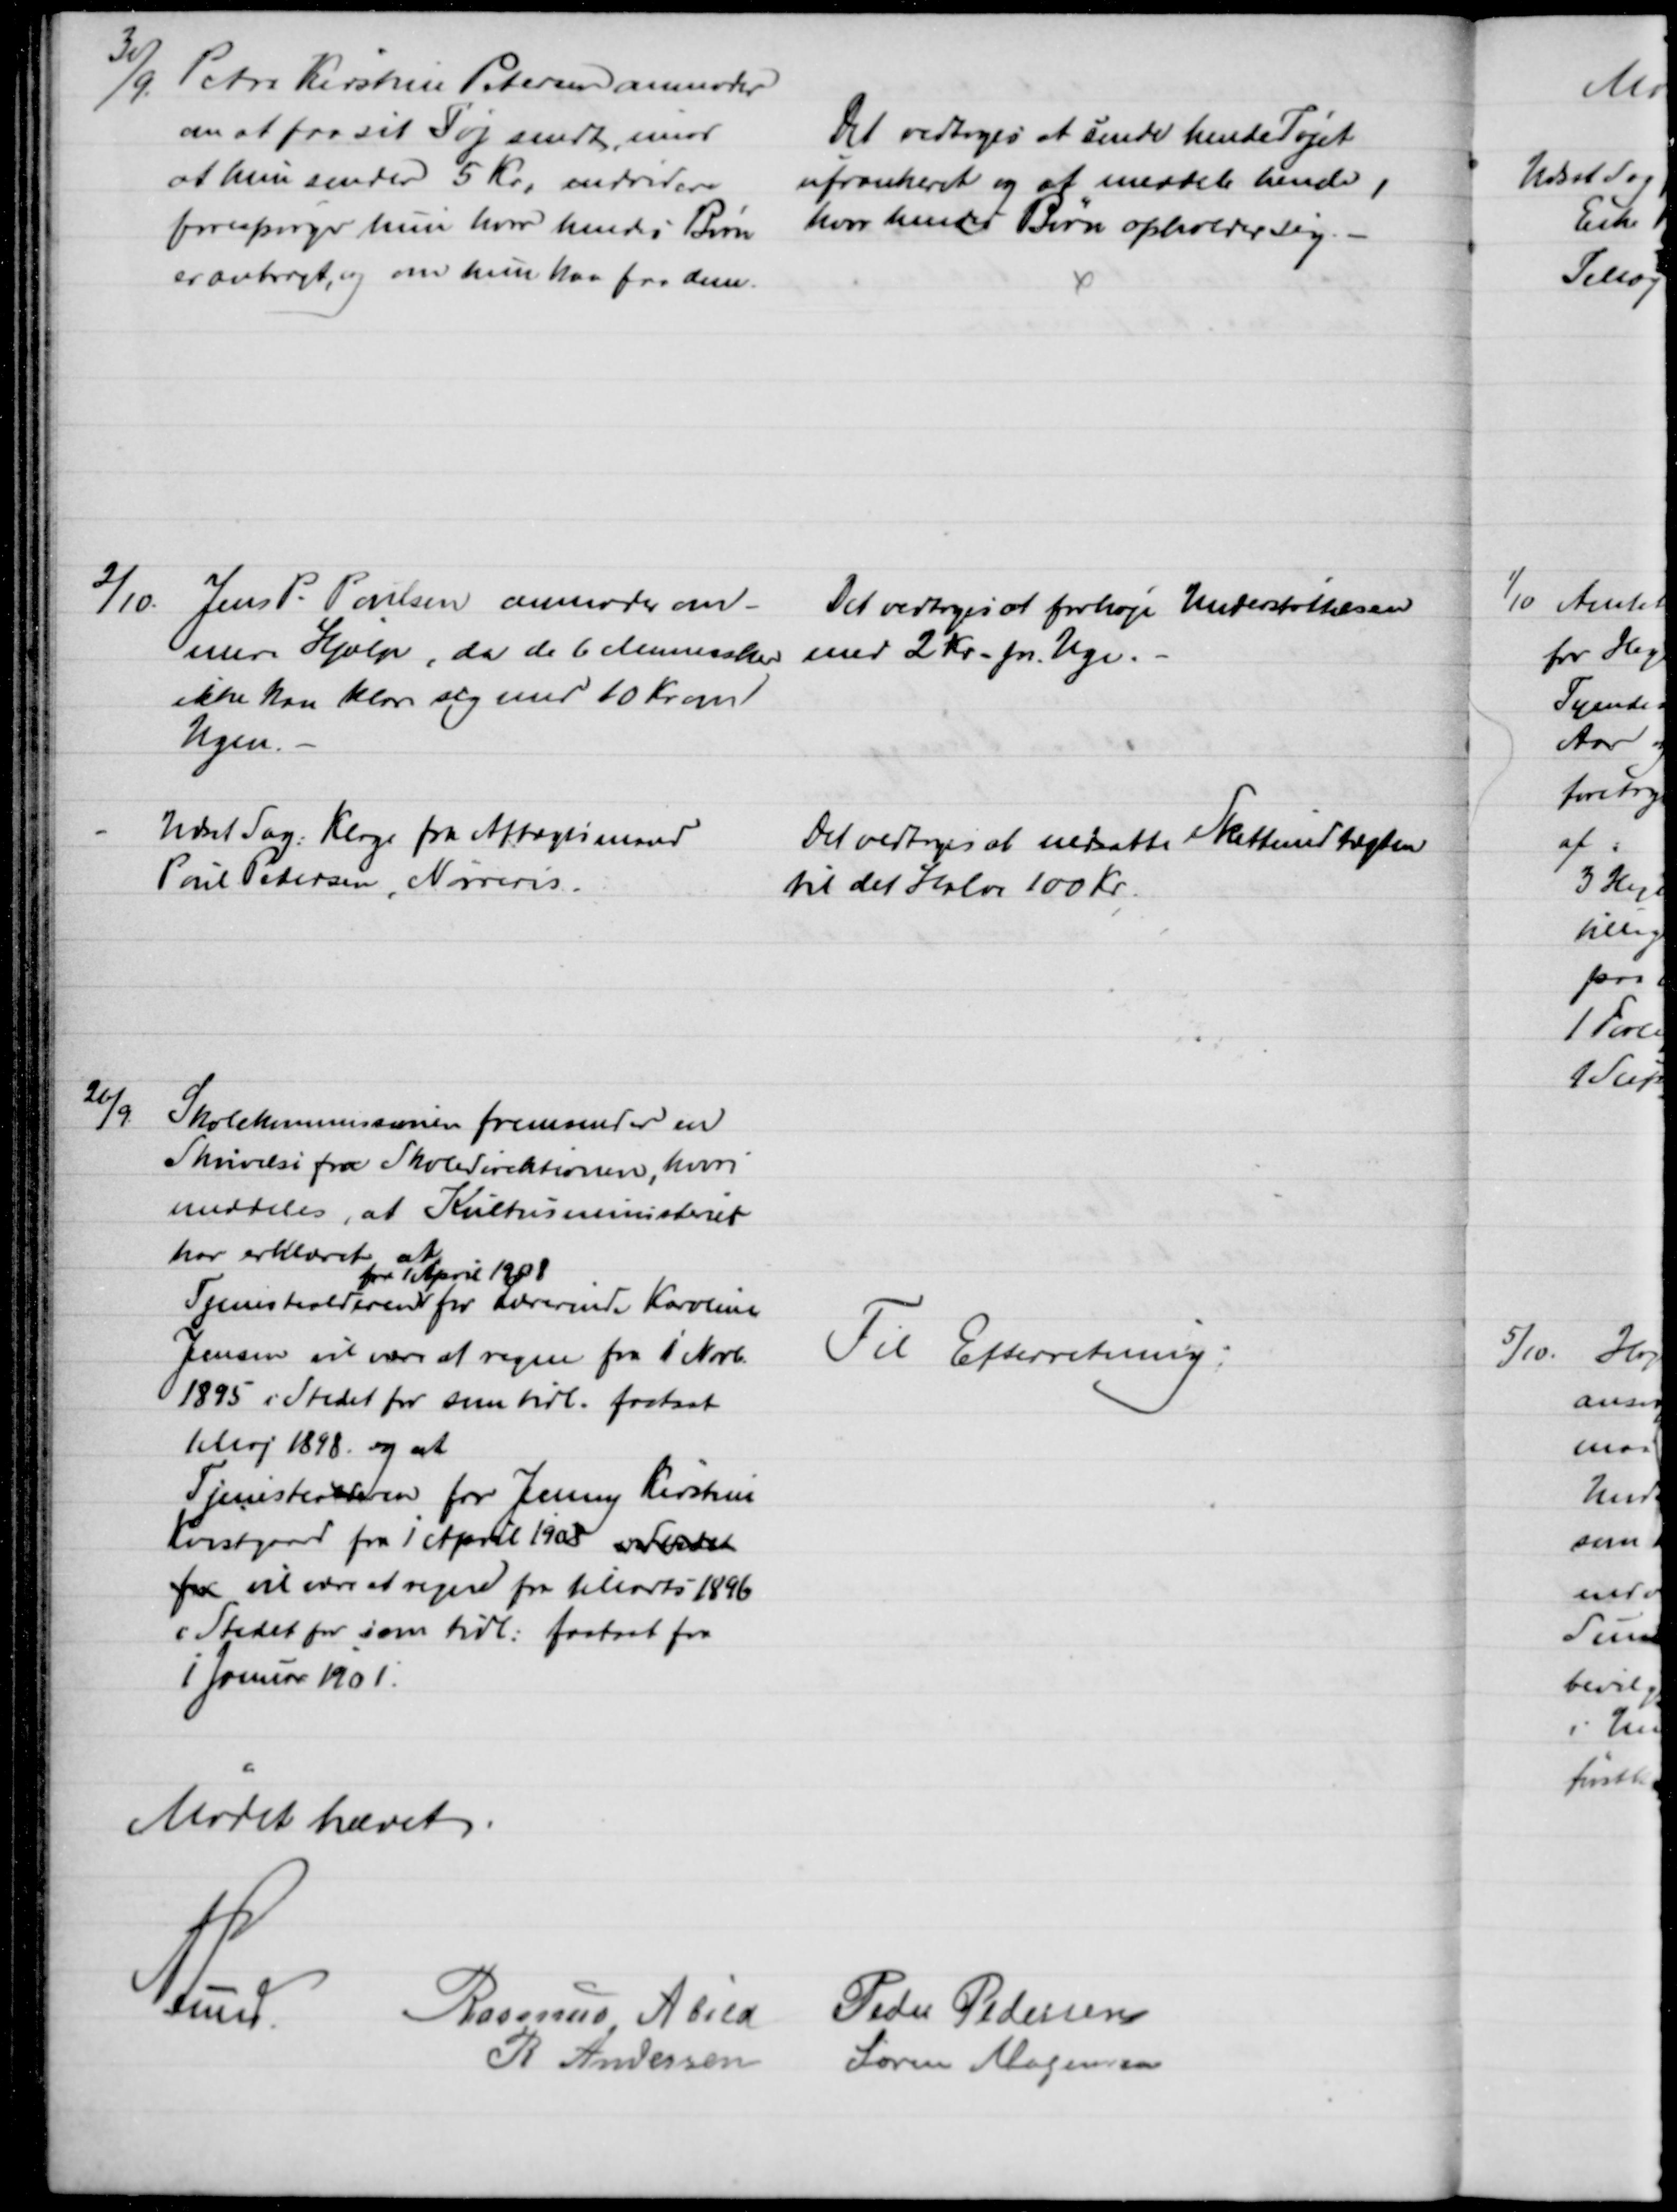
Transskription:
30/9.
Petra Kirstine Petersen anmoder
om at faa sit Tøj sendt, imod
at hun sender 5 Kr, endvidere
forespørger hun hvor hendes Børn
er anbragt, og om hun kan faa dem
Det vedtoges at sende hende Tøjet
ufrankeret og at meddele hende,
hvor hendes Børn opholder sig.
2/10. Jens P. Poulsen anmoder om
mere Hjælp, da de 6 Mennersker
ikke kan klare sig med 10 Kr om
Ugen.
Det vedtoges at forhøje Understøttelsen
med 2 Kr. pr. Uge.
Udsat Sag: Klage fra Aftægtsmand
Poul Pedersen, Nørreris.
Det vedtoges at nedsætte Skatteindtægten
til det Halve 100 Kr.
26/9.
Skolekommissionen fremsender en
Skrivelse fra Skoledirektionen, hvori
meddeles, at Kulturministeriet
har erklæret at
Tjenestealderen
fra 1 April 1908
for Lærerinde Karoline
Jensen vil være at regne fra 1 Novb.
1895 i Stedet for som tidl. fastsat
1 Maj 1898 og at
Tjenestealderen for Jenny Kirstine
Kvistgaard fra 1 April 1908 i Stedet
for vil være at regne fra Marts 1896
i Stedet for som tidl. fastsat fra
1 Januar 1901.
Til Efterretning.
Mødet hævet
A Lund
Rasmus Abild
Peder Pedersen
R Andersen
Søren Mogensen